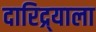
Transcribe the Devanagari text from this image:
दारिद्र्याला